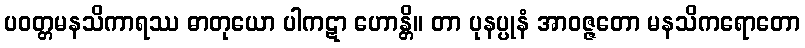
ပဝတ္တမနသိကာရဿ ဓာတုယော ပါကဋာ ဟောန္တိ။ တာ ပုနပ္ပုနံ အာဝဇ္ဇတော မနသိကရောတော